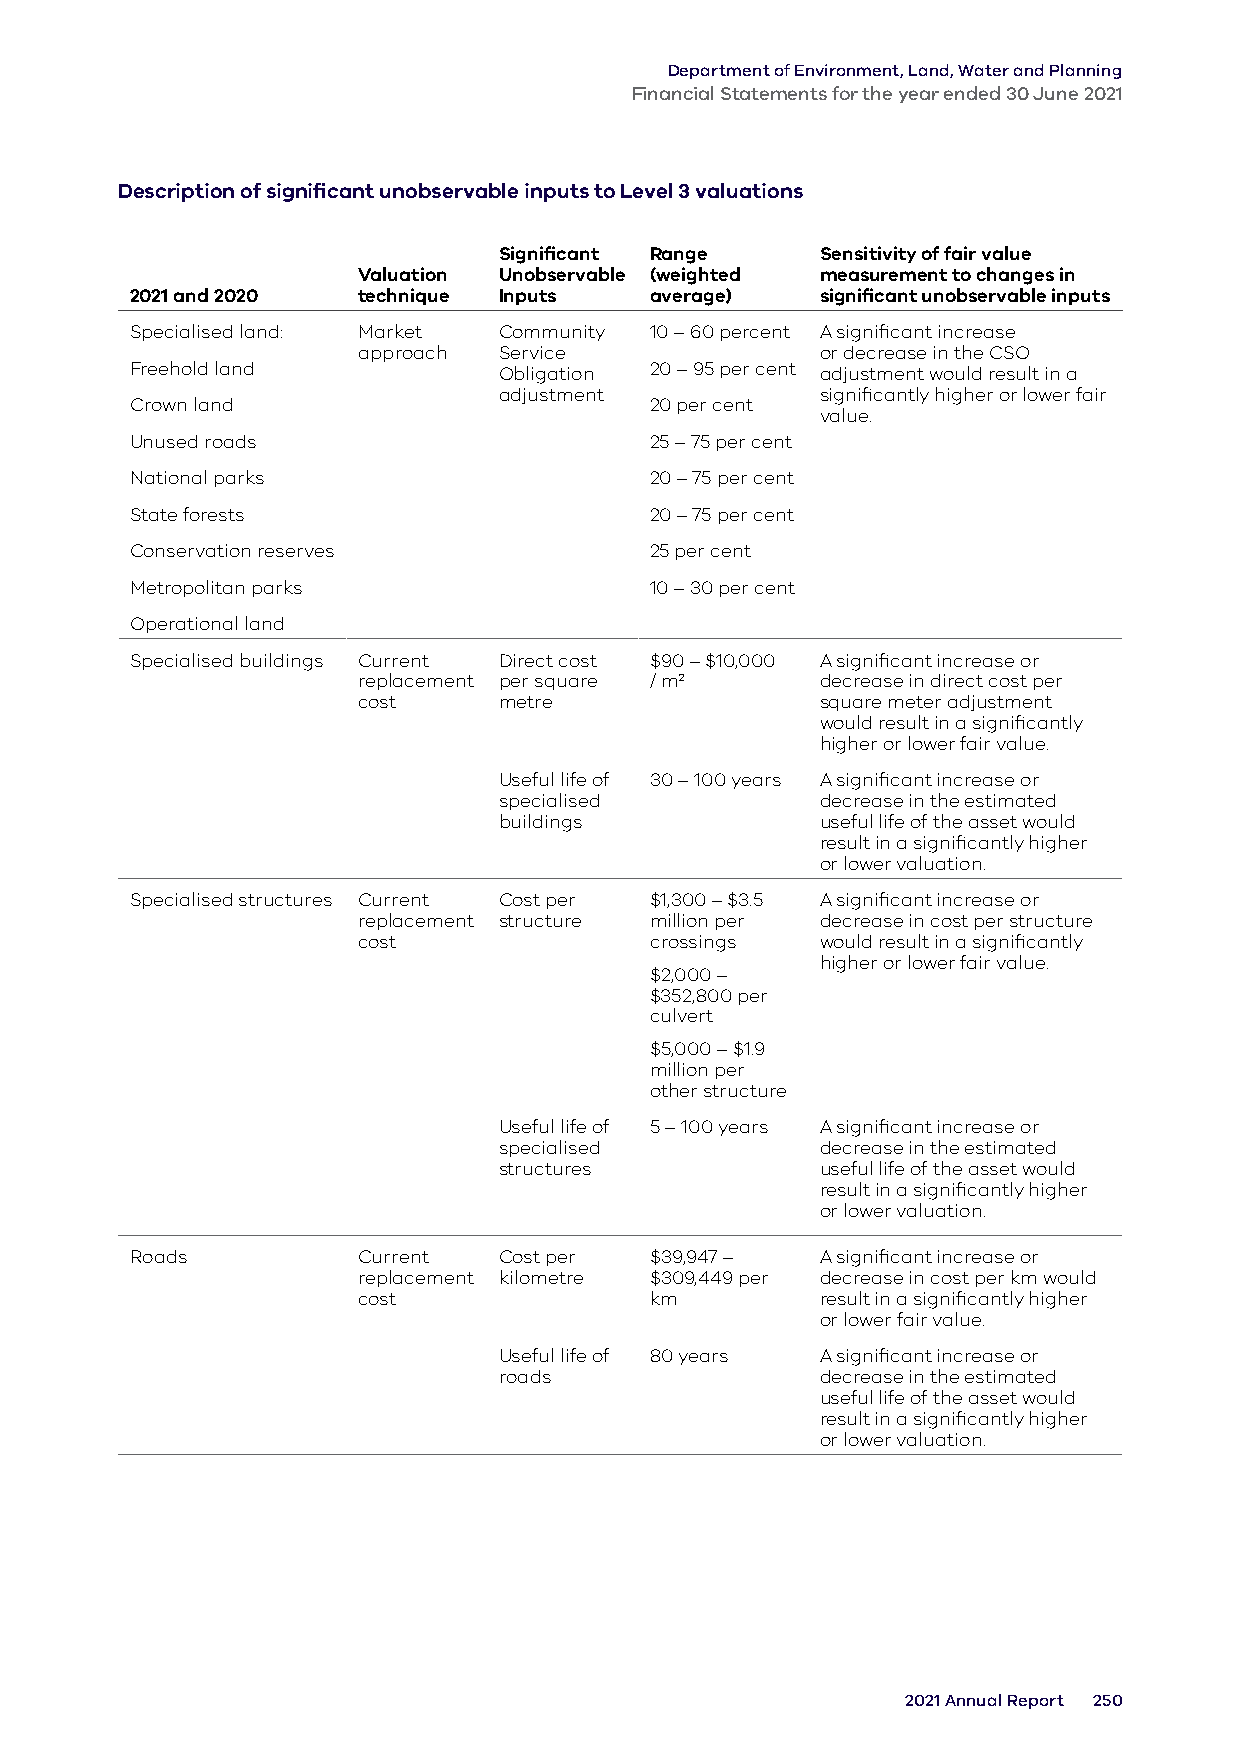
Department of Environment, Land, Water and Planning
 Financial Statements for the year ended 30 June 2021
 Description of significant unobservable inputs to Level 3 valuations
 Significant Range    Sensitivity of fair value
 Valuation Unobservable (weighted measurement to changes in
 2021 and 2020  technique Inputs   average)   significant unobservable inputs
 Specialised land: Market Community 10 – 60 percent A significant increase
 approach Service              or decrease in the CSO
 Freehold land           Obligation 20 – 95 per cent adjustment would result in a
 adjustment           significantly higher or lower fair
 Crown land                        20 per cent
 value.
 Unused roads                      25 – 75 per cent
 National parks                    20 – 75 per cent
 State forests                     20 – 75 per cent
 Conservation reserves             25 per cent
 Metropolitan parks                10 – 30 per cent
 Operational land
 Specialised buildings Current Direct cost $90 – $10,000 A significant increase or
 replacement per square / m2   decrease in direct cost per
 cost     metre                square meter adjustment
 would result in a significantly
 higher or lower fair value.
 Useful life of 30 – 100 years A significant increase or
 specialised          decrease in the estimated
 buildings            useful life of the asset would
 result in a significantly higher
 or lower valuation.
 Specialised structures Current Cost per $1,300 – $3.5 A significant increase or
 replacement structure million per decrease in cost per structure
 cost               crossings  would result in a significantly
 higher or lower fair value.
 $2,000 –
 $352,800 per
 culvert
 $5,000 – $1.9
 million per
 other structure
 Useful life of 5 – 100 years A significant increase or
 specialised          decrease in the estimated
 structures           useful life of the asset would
 result in a significantly higher
 or lower valuation.
 Roads          Current  Cost per  $39,947 –  A significant increase or
 replacement kilometre $309,449 per decrease in cost per km would
 cost               km         result in a significantly higher
 or lower fair value.
 Useful life of 80 years A significant increase or
 roads                decrease in the estimated
 useful life of the asset would
 result in a significantly higher
 or lower valuation.
 2021 Annual Report 250